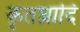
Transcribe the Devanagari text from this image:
कृतघ्नादि